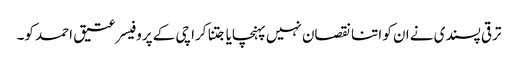
ترقی پسندی نے ان کو اتنا نقصان نہیں پہنچایا جتنا کراچی کے پروفیسر عتیق احمد کو۔